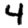
Digit: 4